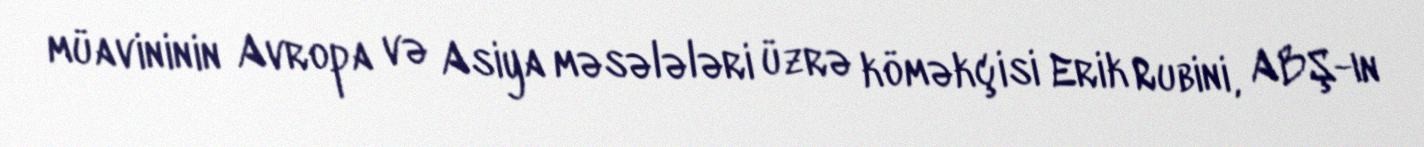
müavininin Avropa və Asiya məsələləri üzrə köməkçisi Erik Rubini, ABŞ-ın